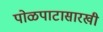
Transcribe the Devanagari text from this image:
पोळपाटासारखी